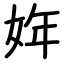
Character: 姩